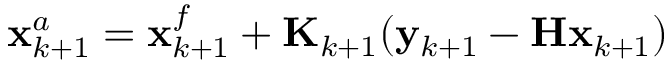
\mathbf { x } _ { k + 1 } ^ { a } = \mathbf { x } _ { k + 1 } ^ { f } + \mathbf { K } _ { k + 1 } ( \mathbf { y } _ { k + 1 } - \mathbf { H } \mathbf { x } _ { k + 1 } )